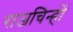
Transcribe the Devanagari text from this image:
राजचिन्हों